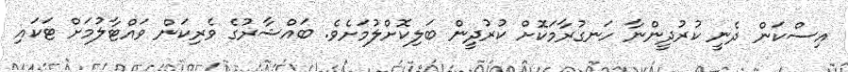
އިސްކަން ދެނީ ކުރުދީންނާ ހަނގުރާމަކޮށް ކުރުދީން ބަލިކޮށްލުމަށެވެ. ބައްޝާރުގެ ވެރިކަން ވައްޓާލުމަށް ޓަކައި